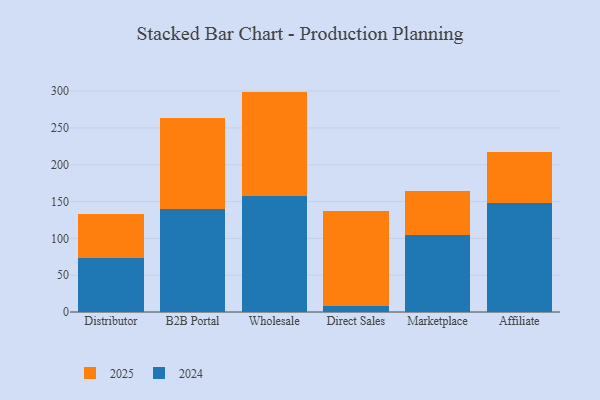
{"axis": {"x": "Channel", "y": "Inventory Turnover"}, "legend": ["2024", "2025"], "data": [{"x": "Distributor", "y": 60.6, "type": "2025"}, {"x": "Distributor", "y": 73.1, "type": "2024"}, {"x": "B2B Portal", "y": 123.9, "type": "2025"}, {"x": "B2B Portal", "y": 139.6, "type": "2024"}, {"x": "Wholesale", "y": 141.8, "type": "2025"}, {"x": "Wholesale", "y": 157.6, "type": "2024"}, {"x": "Direct Sales", "y": 128.8, "type": "2025"}, {"x": "Direct Sales", "y": 8.3, "type": "2024"}, {"x": "Marketplace", "y": 60.1, "type": "2025"}, {"x": "Marketplace", "y": 104.3, "type": "2024"}, {"x": "Affiliate", "y": 69.2, "type": "2025"}, {"x": "Affiliate", "y": 148.5, "type": "2024"}]}